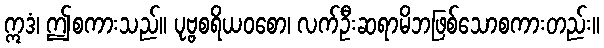
ဣဒံ၊ ဤစကားသည်။ ပုဗ္ဗစရိယဝစော၊ လက်ဦးဆရာမိဘဖြစ်သောစကားတည်း။